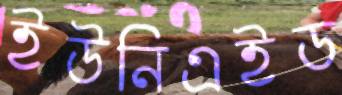
ইউনিএইড